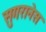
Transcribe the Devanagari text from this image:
सुगरानेस